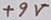
Text: +9V